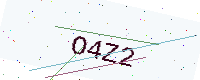
Text: O4Z2